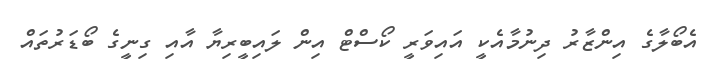
އެބޯލާގެ އިންޒާރު ދިނުމާއެކީ އައިވަރީ ކޯސްޓް އިން ލައިބީރިޔާ އާއި ގިނީގެ ބޯޑަރުތައް